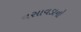
વસાવડાનો